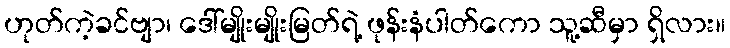
ဟုတ်ကဲ့ခင်ဗျာ၊ ဒေါ်မျိုးမျိုးမြတ်ရဲ့ ဖုန်းနံပါတ်ကော သူ့ဆီမှာ ရှိလား။